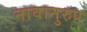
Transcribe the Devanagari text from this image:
नावानुरुप